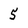
Character: 5